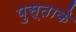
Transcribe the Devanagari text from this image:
पुस्ताके